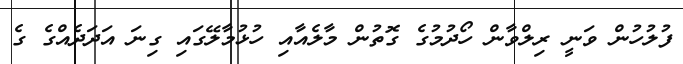
ފުލުހުން ވަނީ ރިލްވާން ހޯދުމުގެ ގޮތުން މާލެއާއި ހުޅުމާލޭގައި ގިނަ އަދަދެއްގެ ގެ